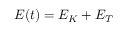
E ( t ) = E _ { K } + E _ { T }